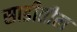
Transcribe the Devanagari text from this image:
साडीतील